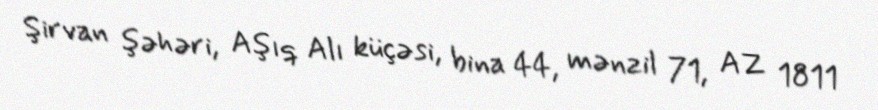
Şirvan şəhəri, Aşıq Alı küçəsi, bina 44, mənzil 71, AZ 1811